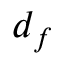
d _ { f }